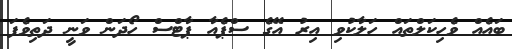
ބައެއް ވެހިކަލްތައް ހަލާކުވި އިރު އޭގެ ސްޕެއާ ޕާޓްސް ހޯދަން ވަނީ ދަތިވެފަ